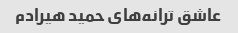
عاشق ترانه‌های حمید هیرادم